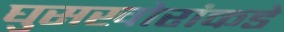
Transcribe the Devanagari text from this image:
घुसखोरांकडे